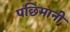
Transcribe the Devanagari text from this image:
पछिमानी